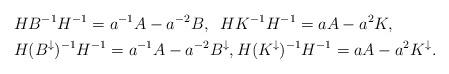
LaTeX: \begin{align*}&H B^{-1} H^{-1} = a^{-1} A - a^{-2} B, \;\;H K^{-1} H^{-1}= a A - a^{2} K, \\&H (B^\downarrow)^{-1} H^{-1} = a^{-1} A - a^{-2} B^\downarrow, H (K^\downarrow)^{-1} H^{-1}= a A - a^{2} K^\downarrow. \end{align*}